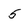
Character: 5